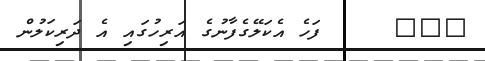
١٠٣     ފަހެ އެކަލޭގެފާނުގެ އަރިހުގައި އެ ދަރިކަލުން